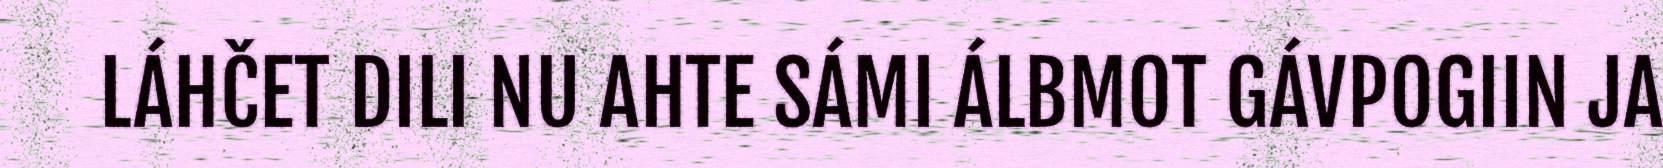
LÁHČET DILI NU AHTE SÁMI ÁLBMOT GÁVPOGIIN JA